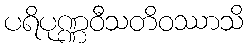
ပရိပုဏ္ဏဝီသတိဝဿာသိ